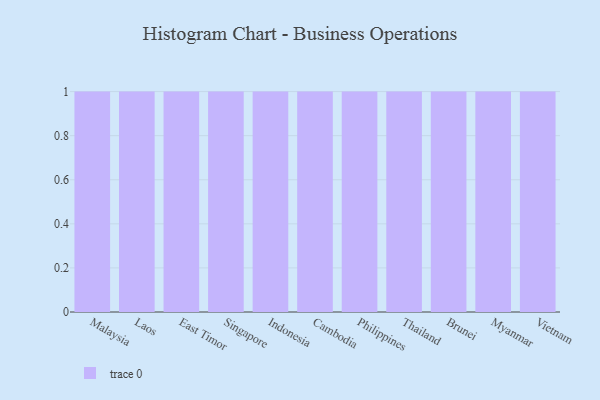
{"axis": {"x": "Country", "y": "Operating Costs (USD K)"}, "legend": [""], "data": [{"x": "Malaysia", "y": 92, "type": ""}, {"x": "Laos", "y": 89, "type": ""}, {"x": "East Timor", "y": 100, "type": ""}, {"x": "Singapore", "y": 12, "type": ""}, {"x": "Indonesia", "y": 9, "type": ""}, {"x": "Cambodia", "y": 24, "type": ""}, {"x": "Philippines", "y": 23, "type": ""}, {"x": "Thailand", "y": 83, "type": ""}, {"x": "Brunei", "y": 54, "type": ""}, {"x": "Myanmar", "y": 23, "type": ""}, {"x": "Vietnam", "y": 15, "type": ""}]}